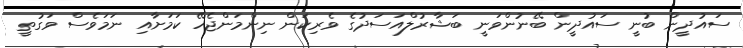
ސައުދީން ބުނީ ސައުދީން ބޭނުންވަނީ ބަޝާރުލްއަސަދުގެ ވެރިކަން ނިންމަންޖެހޭ ކަަމަށާއި ނަމަވެސް ވަގުތީ